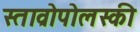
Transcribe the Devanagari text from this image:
स्ताव्रोपोलस्की